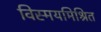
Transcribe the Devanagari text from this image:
विस्मयमिश्रित